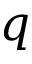
q